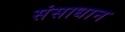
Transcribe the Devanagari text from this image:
संसाधान